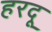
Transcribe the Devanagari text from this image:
हरदू